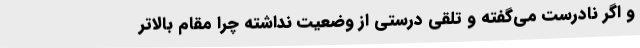
و اگر نادرست می‌گفته و تلقی درستی از وضعیت نداشته چرا مقام بالاتر